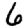
Digit: 6